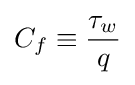
C_{f}\equiv {\frac {\tau _{w}}{q}}